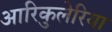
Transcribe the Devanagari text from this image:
आरिकुलेरिया